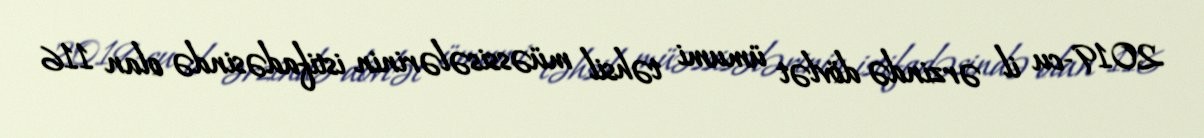
2019-cu il ərzində dövlət ümumi təhsil müəssisələrinin istifadəsində olan 116